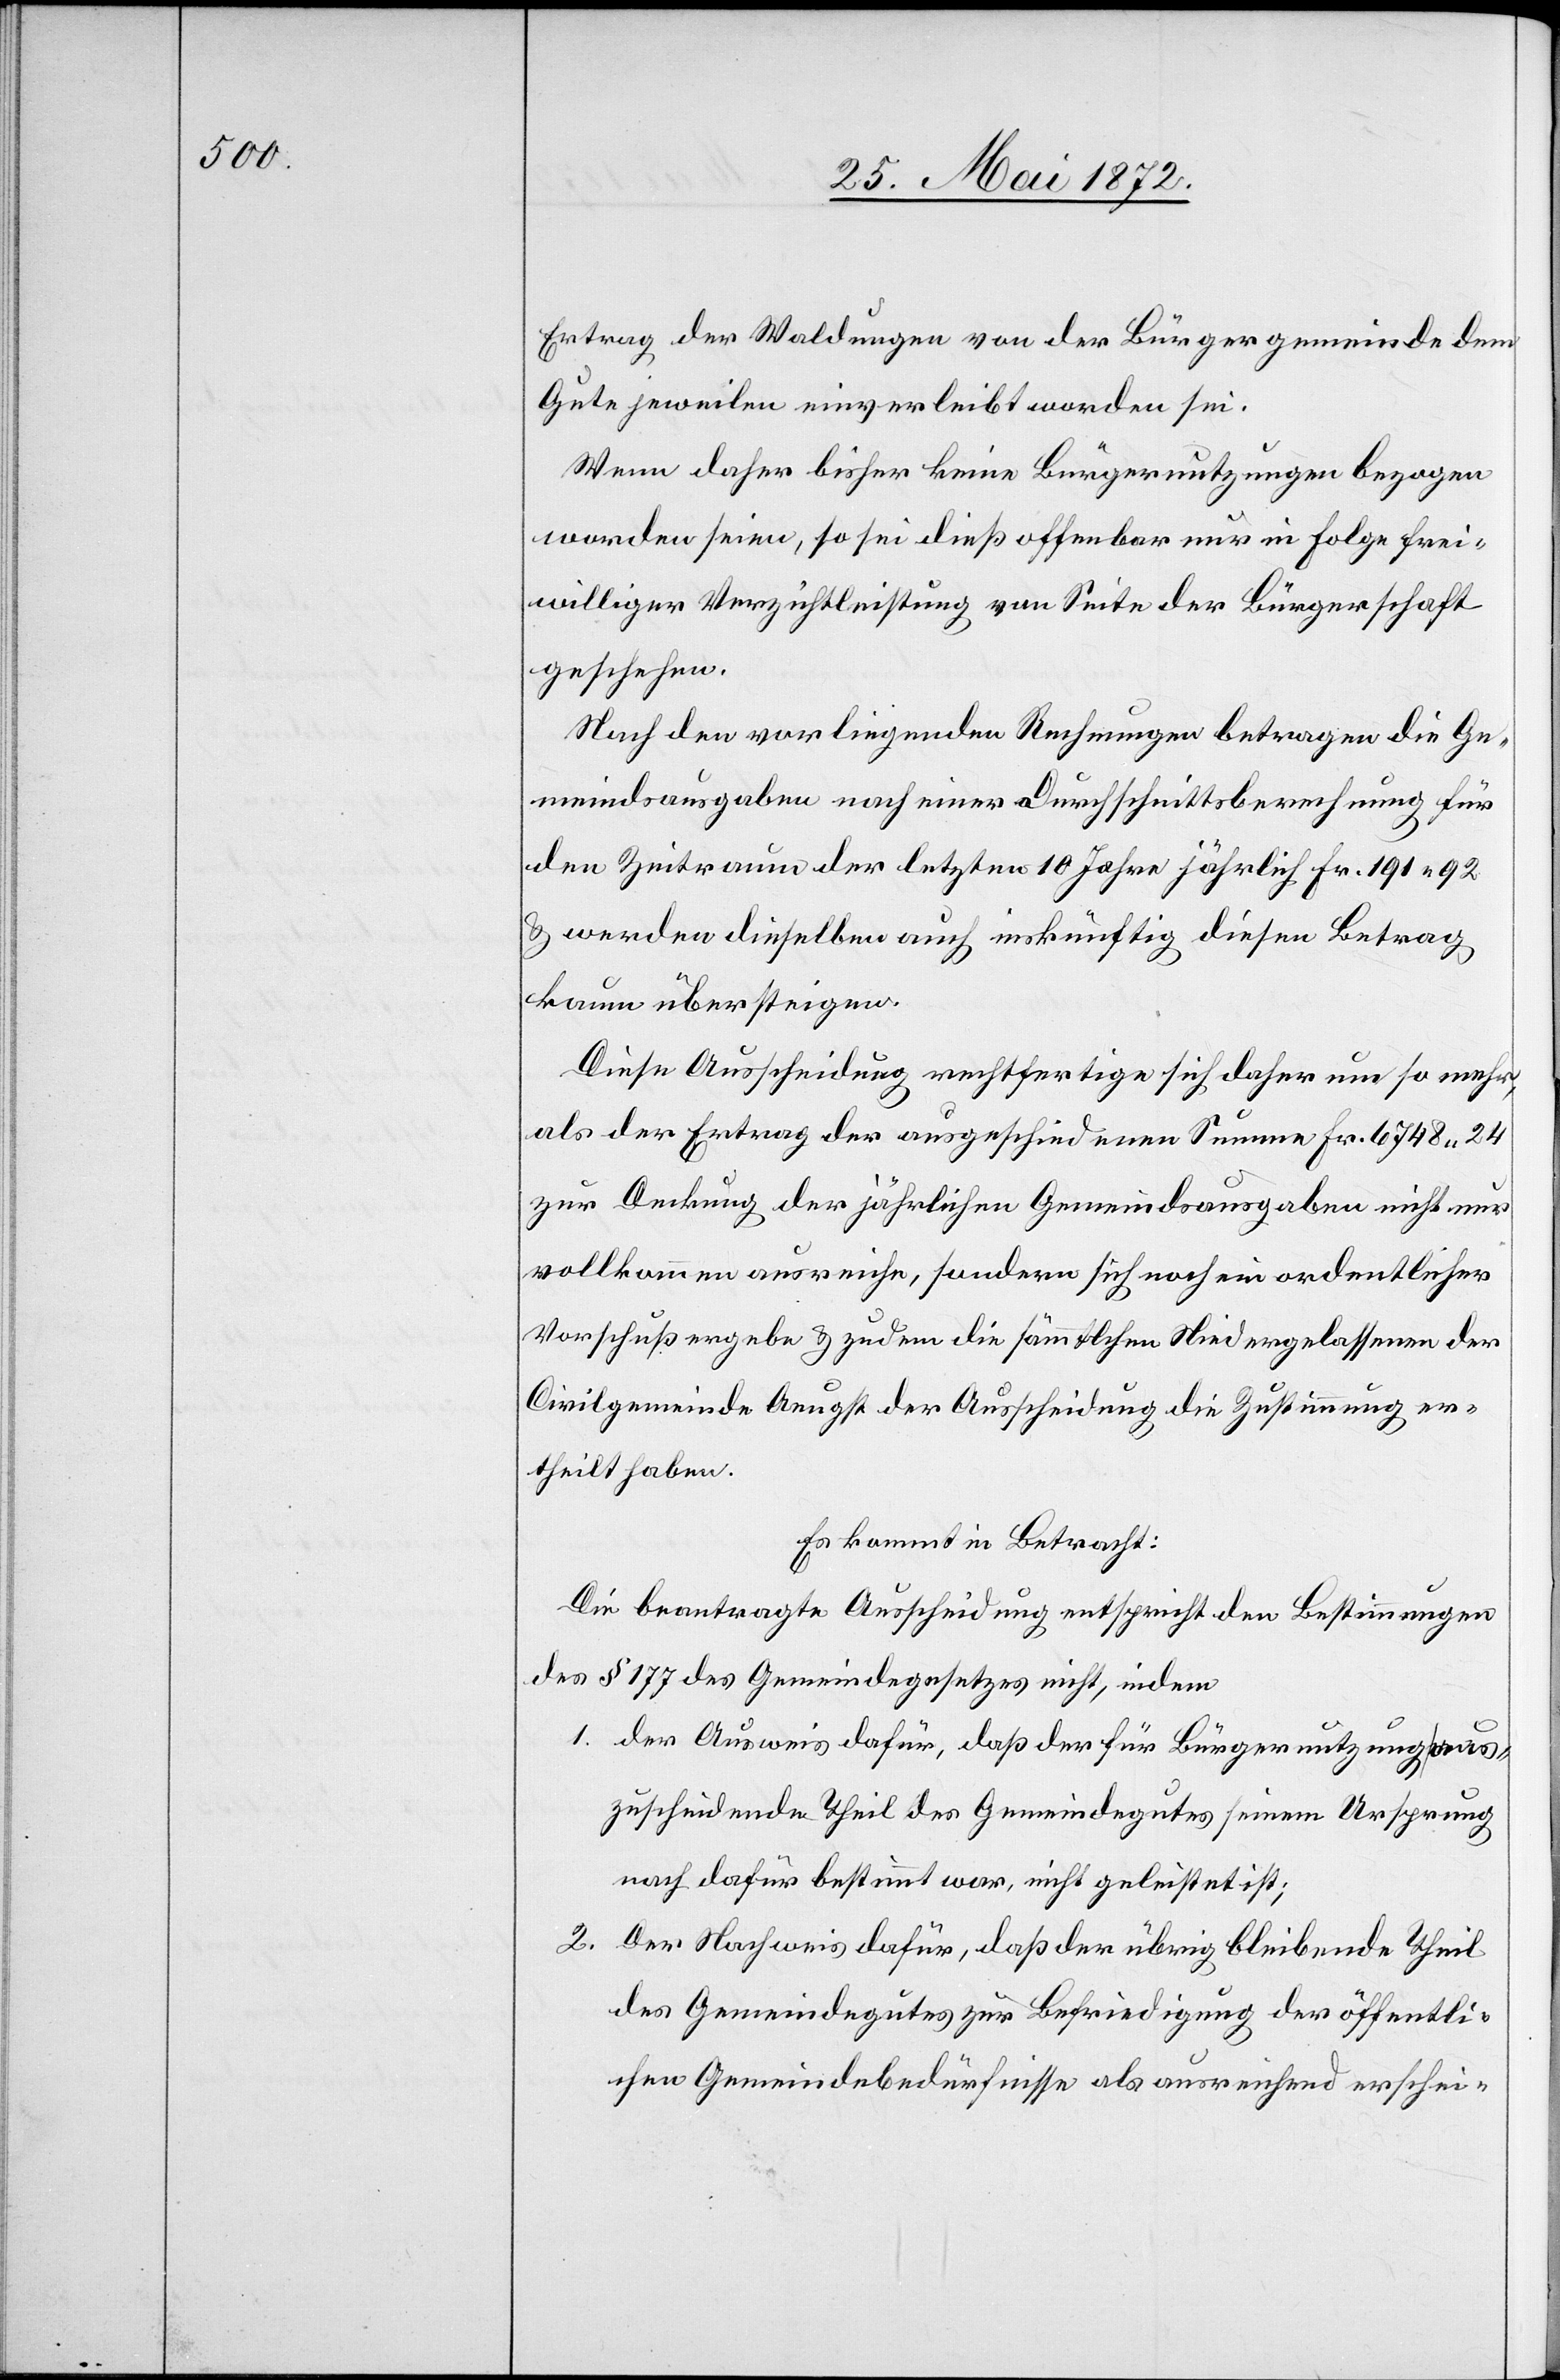
Ertrag der Waldungen von der Bürgergemeinde dem
Gute jeweilen einverleibt worden sei.
Wenn daher bisher keine Bürgernutzungen bezogen
worden seien, so sei dieß offenbar nur in Folge frei¬
williger Verzichtleistung von Seite der Bürgerschaft
geschehen.
Nach den vorliegenden Rechnungen betragen die Ge¬
meindsausgaben nach einer Durchschnittsberechnung für
den Zeitraum der letzten 10 Jahre jährlich Fr. 191 92
u. werden dieselben auch inskünftig diesen Betrag
kaum übersteigen.
Diese Ausscheidung rechtfertige sich daher um so mehr,
als der Ertrag der ausgeschiedenen Summe Fr. 6748 24
zur Deckung der jährlichen Gemeindsausgaben nicht nur
vollkommen ausreiche, sondern sich noch ein ordentlicher
Vorschuß ergebe u. zudem die sämmtlichen Niedergelassenen der
Civilgemeinde Aeugst der Ausscheidung die Zustimmung er¬
theilt haben.
Es kommt in Betracht:
Die beantragte Ausscheidung entspricht den Bestimmungen
des § 177 des Gemeindegesetzes nicht, indem
1. der Ausweis dafür, daß der für Bürgernutzung aus¬
zuscheidende Theil des Gemeindegutes seinem Ursprung
nach dafür bestimmt war, nicht geleistet ist;
2. Der Nachweis dafür, daß der übrig bleibende Theil
des Gemeindegutes zur Befriedigung der öffentli¬
chen Gemeindebedürfnisse als ausreichend erschei-